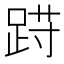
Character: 𲃩